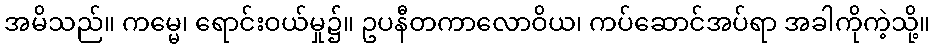
အမိသည်။ ကမ္မေ၊ ရောင်းဝယ်မှု၌။ ဥပနီတကာလောဝိယ၊ ကပ်ဆောင်အပ်ရာ အခါကိုကဲ့သို့။